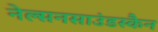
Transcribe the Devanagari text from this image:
नेल्सनसाउंडस्कैन